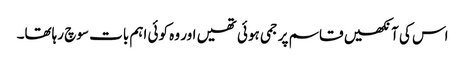
اس کی آنکھیں قاسم پر جمی ہوئی تھیں اور وہ کوئی اہم بات سوچ رہاتھا۔